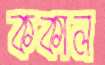
ককাল